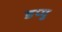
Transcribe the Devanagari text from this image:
डप्पु